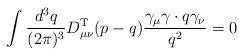
\begin{align*}\int \frac{d^3q}{(2 \pi)^3} D_{\mu \nu}^{\rm T} (p - q) \frac{\gamma_\mu \gamma\cdot q \gamma_\nu}{q^2} = 0 \end{align*}